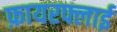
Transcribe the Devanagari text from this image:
फ़ायरफ्लाई